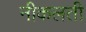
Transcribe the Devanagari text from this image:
नीकलती